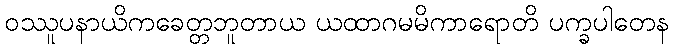
ဝဿူပနာယိကခေတ္တဘူတာယ ယထာဂမမိကာရောတိ ပက္ခပါတေန